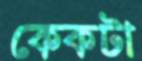
কেকটা